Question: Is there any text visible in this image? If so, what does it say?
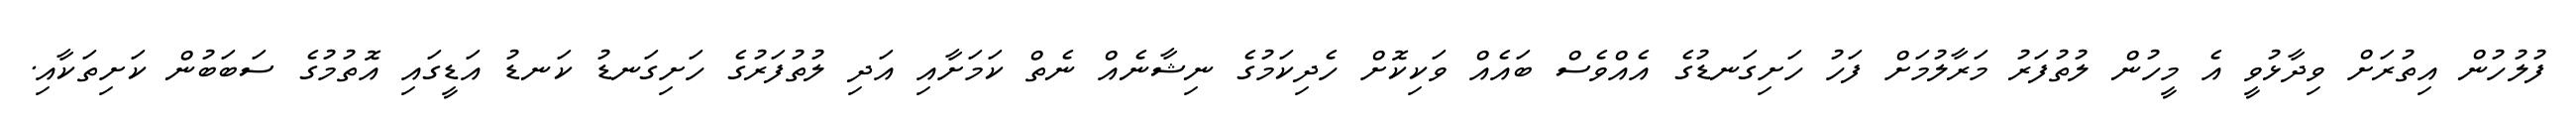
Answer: ފުލުހުން އިތުރަށް ވިދާޅުވީ އެ މީހުން ލުތުފަރު މަރާލުމަށް ފަހު ހަށިގަނޑުގެ އެއްވެސް ބައެއް ވަކިކޮށް ހެދިކަމުގެ ނިޝާނެއް ނެތް ކަމަށާއި އަދި ލުތުފަރުގެ ހަށިގަނޑު ކަނޑު އަޑީގައި އޮތުމުގެ ސަބަބުން ކަށިތަކާއި.